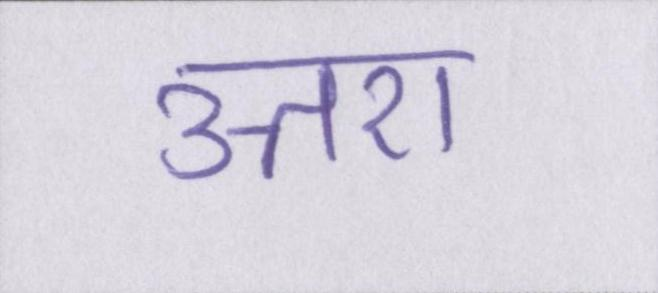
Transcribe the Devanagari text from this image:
उत्तरों